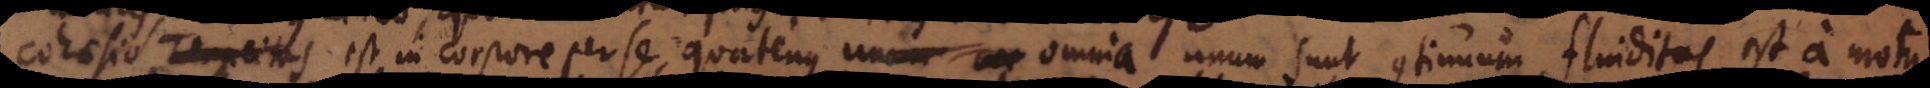
Cohaesio est in corpore per se, quatenus omnia unum sunt continuum, fluiditas est a motu